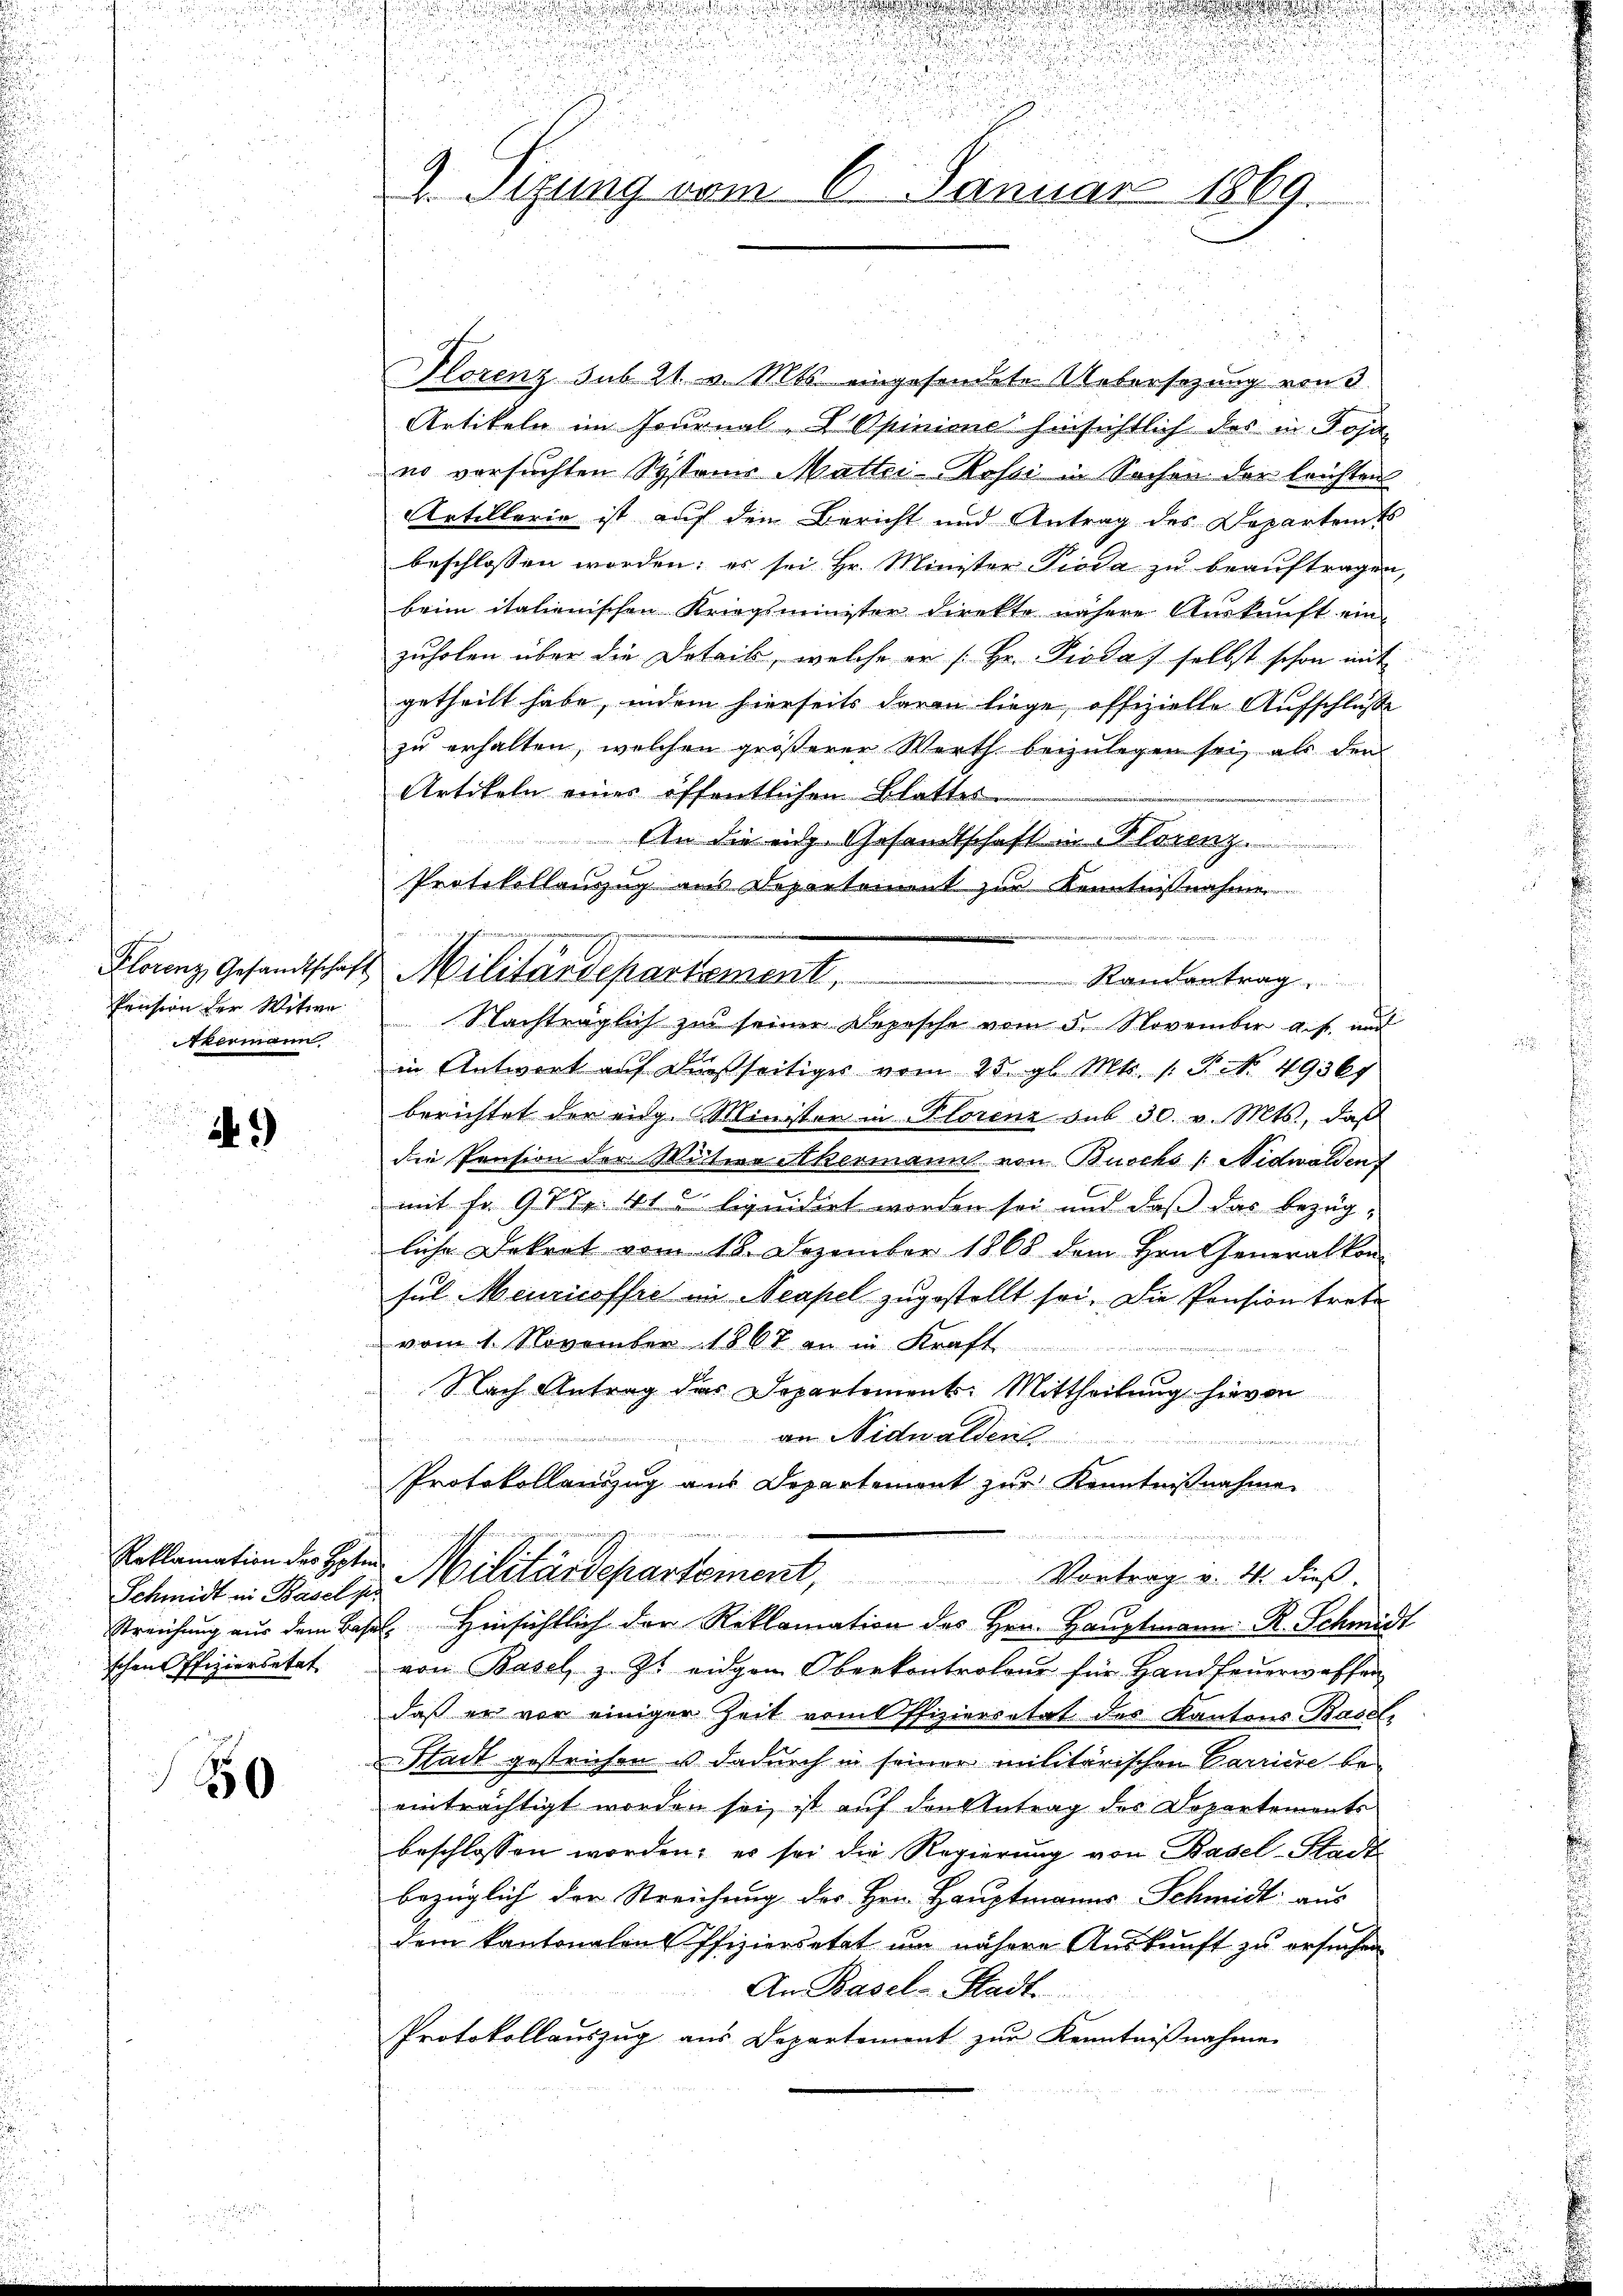
Florenz Gesandtschaft
Pension der Witwe
Akermann

21)

Schmidt in Basel pr
Streichung aus dem Base
schen Pfiziersetat

0

.
s

d

u
u

1. Segung vom 6. Januar 1869.

lorenz sub 21. v. Mts. eingesendete Uebersezung von 3
Artikeln im Journal-VOpinione hinsichtlich des in Foja
no versuchten Systems Mattei- Rossi in Sachen der leichten
Artillerie ist auf den Bericht und Antrag des Departents
beschlossen worden; es sei Hr. Minister Pioda zu beauftragen,
brim italienischen Kriegsminister direkte nähere Auskunft ein
zuholen über die Detail, welche er /: Hr. Pioda / selbst schon mit
getheilt habe, indem hierseits daran liege, offizielle Aufschluße
zu erhalten, welchen größerer Werth beizulegen sei, als den
Artikeln eines öffentlichen Blattes
An die ich Gesandtschaft in Florenz.
  Bei
 Randantrag
Nachträglich zu seiner Depesche vom 5. November a. f. und
in Antwort auf dießseitiges vom 25. gl. Mts. 1. P. Nr. 49367
berichtet der eidg. Minister in Florenz sub 30. v. Mts., daß
die Pension der Mitere Akermann von Buochs /: Nidwalden
mit fr. 977. 410 liquidirt worden sei und daß das bezügliche Dekret vom 18. Dezember 1868 dem Hrn. Generalkon-
sul Meuricoffre in Neapel zugestellt sei. Die Pension trete
vom 1. November 1867 an in Kraft
Nach Antrag das Departement: Mittheilung hievon
an Nidwaldens
u

e
Protokollanzug aus Departement zur Kenntnißnahme

Reklamation der Toten Militärdepartement, Vortrag v. 4. dieβ
el. Hinsichtlich der Reklamation des Hrn. Hauptmann R. Schmidt
von Basel, z. Zt. eidgen Oberkontroleur für Handfeuerwaffen
daß er vor einiger Zeit vom Offiziersität des Kantons Basel,
Stadt gestrichen u dadurch in seiner militärischen Carriere be-
einträchtigt worden sei, ist auf den Antrag des Departements
beschlossen worden; es sei die Regierung von Basel-Stadt
bezüglich der Streichung des Hrn. Hauptmanns Schmidt aus
dem kantonalen Offiziersetzt um nähere Auskunft zu ersuchen
An Basel-Stadt.
Protokollauszug aus Departement zur Kenntnißnahme

Protokollanzug aus Departement zur Kenntnißnahme
Militärdepartement,

e